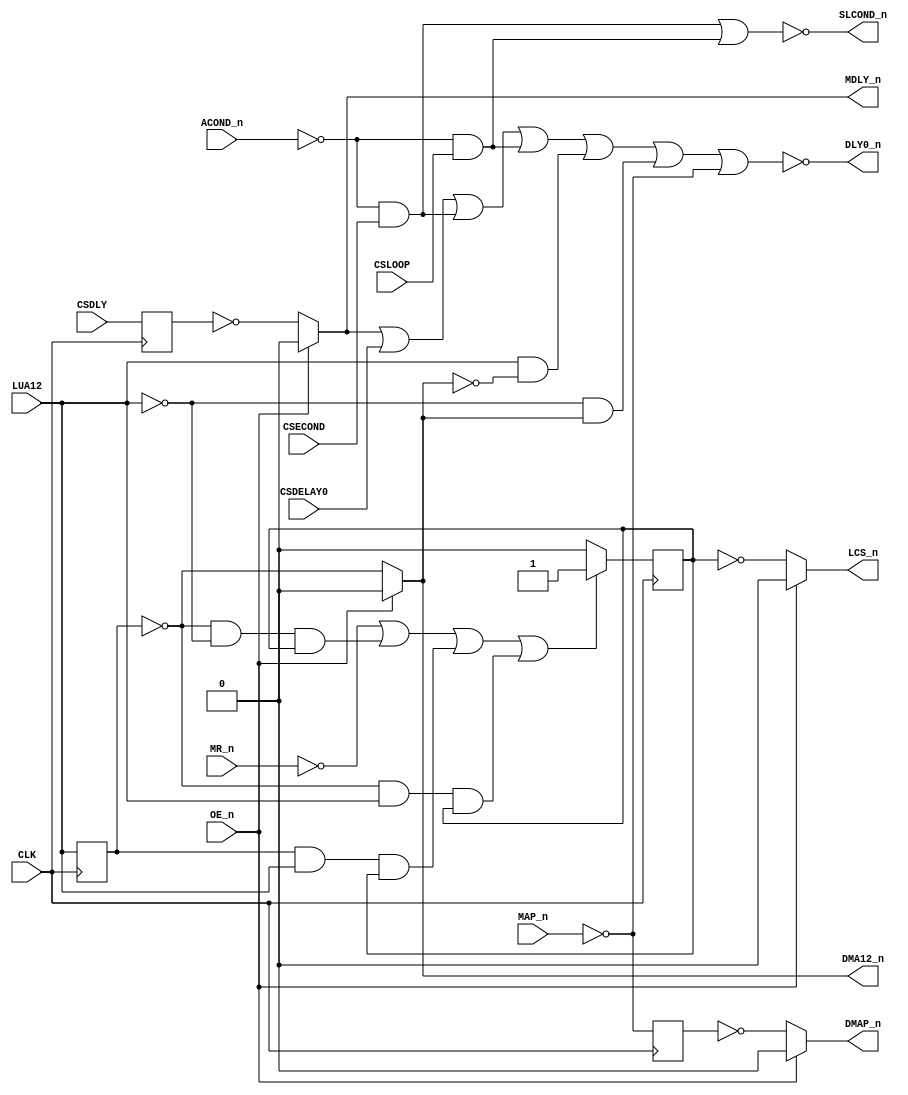
// This program was cloned from: https://github.com/RonnyA/nd-120
// License: MIT License

// PAL16R4 (
// JLB 26NOV86
// 44403C,15D,CYIN0

// PAL16R4D (https://rocelec.widen.net/view/pdf/c6dwcslffz/VANTS00080-1.pdf)

// I/O 1,2, 7 and 8 (Pins B0 to B3) is not controlled by OE_n, only O3,O4,O5 and O6 (Pin's Q0-Q3)

// Four D flip-flops controlled by CLK signal (and reads input to flip-flop O3,O4,O5 and O6) when transision from LOW to HIGH.
// O3-O6 output is controlled by OE_n (HIGH signal means output is three-state)


// CLK CSDELAY0 CSDLY CSECOND CSLOOP /ACOND /MR LUA12 /MAP GND
// /OE /NC12 /SLCOND /DMAP /DMA12 /MDLY /LCS /NC18 /DLYO VCC

module PAL_44403C(
    input CLK,          // Clock signal
    input OE_n,         // OUTPUT ENABLE (active-low) for Q0-Q3

    input CSDELAY0,     // I0
    input CSDLY,        // I1
    input CSECOND,      // I2
    input CSLOOP,       // I3
    input ACOND_n,      // I4
    input MR_n,         // I5
    input LUA12,        // I6
    input MAP_n,        // I7


    output LCS_n,       // Q0_n
    output MDLY_n,      // Q1_n
    output DMA12_n,     // Q2_n
    output DMAP_n,      // Q3_n

    output DLY0_n,      // B0_n
    output SLCOND_n     // B2_n    
);

// CLK and /OE impacts signals:
//  Q0 = /LCS, Q1=/MDLY, Q2=/DMA12, Q3=/DMAP


reg LCS;
reg MDLY;
reg DMA12;
reg DMAP;

// PCB 3202D sheet 36:
//
// PAL input signal PD1 is connected to PAL OE_n (and PD1 to PD4 is ALWAYS 0/FALSE in the 3202 circuit board)
//     input signal CLK is connectec to PAL CK pin


// Creating non-negated wires for active-low inputs
wire ACOND = ~ACOND_n;
wire MR = ~MR_n;
wire MAP = ~MAP_n;
wire LUA12_n = ~LUA12;

wire s_dma12_n = ~DMA12;

// Flip-flop logic for Q0, Q1, Q2 and Q3
always @(posedge CLK) begin

    // Q0 flip-flop
    // Logic for LCS_n (active-low)
    if (
                (MR) 
                | (s_dma12_n & LUA12_n & LCS)  // LCS FROM MR AND UNTIL MA12 HAS GONE HIGH AND                
                | (DMA12 & LUA12 & LCS)        // I.E. LMA COUNTED FROM 0 to 8K.
                | (s_dma12_n & LUA12 & LCS)
    )
        LCS <= 1'b1;
    else
        LCS <= 1'b0;
    

    // Q1 flip-flop
    // Logic for MDLY
    MDLY <= CSDLY;

    // Q2 flip-flop
    // Logic for DMA12
    DMA12 <= LUA12;

    // Q3 flip-flop
    // Logic for DMAP
    DMAP <= MAP;
end

// Output logic for Q0_n, Q1_n, Q2_n
assign LCS_n = OE_n ? 1'b0 : ~LCS;
assign MDLY_n = OE_n ? 1'b0 : ~MDLY;
assign DMA12_n = OE_n ? 1'b0 : s_dma12_n;
assign DMAP_n = OE_n ? 1'b0 : ~DMAP;


// B0 pin
// Logic for DLY0_n (active-low)
assign DLY0_n = ~(MDLY_n | // 25NS DELAY ON MICROCODE REQUEST
                  CSDELAY0 | // 25NS DELAY ON PREVIOUS CYCLE ON MICROCODE REQ
                  (ACOND & CSECOND) | // CONDITIONAL MICROSEQUENCING
                  (ACOND & CSLOOP) | // USING ALU RESULT
                  (LUA12 & ~DMA12_n) | // CHANGING FROM LOWER TO UPPER CONTROL STORE A
                  (~LUA12 & DMA12_n) | // AFTER MAP TO AVOID CSDELAY BEING TOO LATE
                  MAP); // DMAP

// B2 pin
// Logic for SLCOND_n (active-low)
assign SLCOND_n = ~(ACOND & CSECOND | // 
                    ACOND & CSLOOP); // 

endmodule